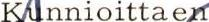
Kunnioittaen